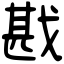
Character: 戡